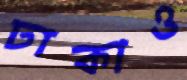
ঢাকাও